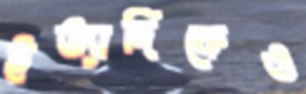
ইত্যাদিকেও